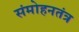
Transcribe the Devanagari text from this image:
संमोहनतंत्र